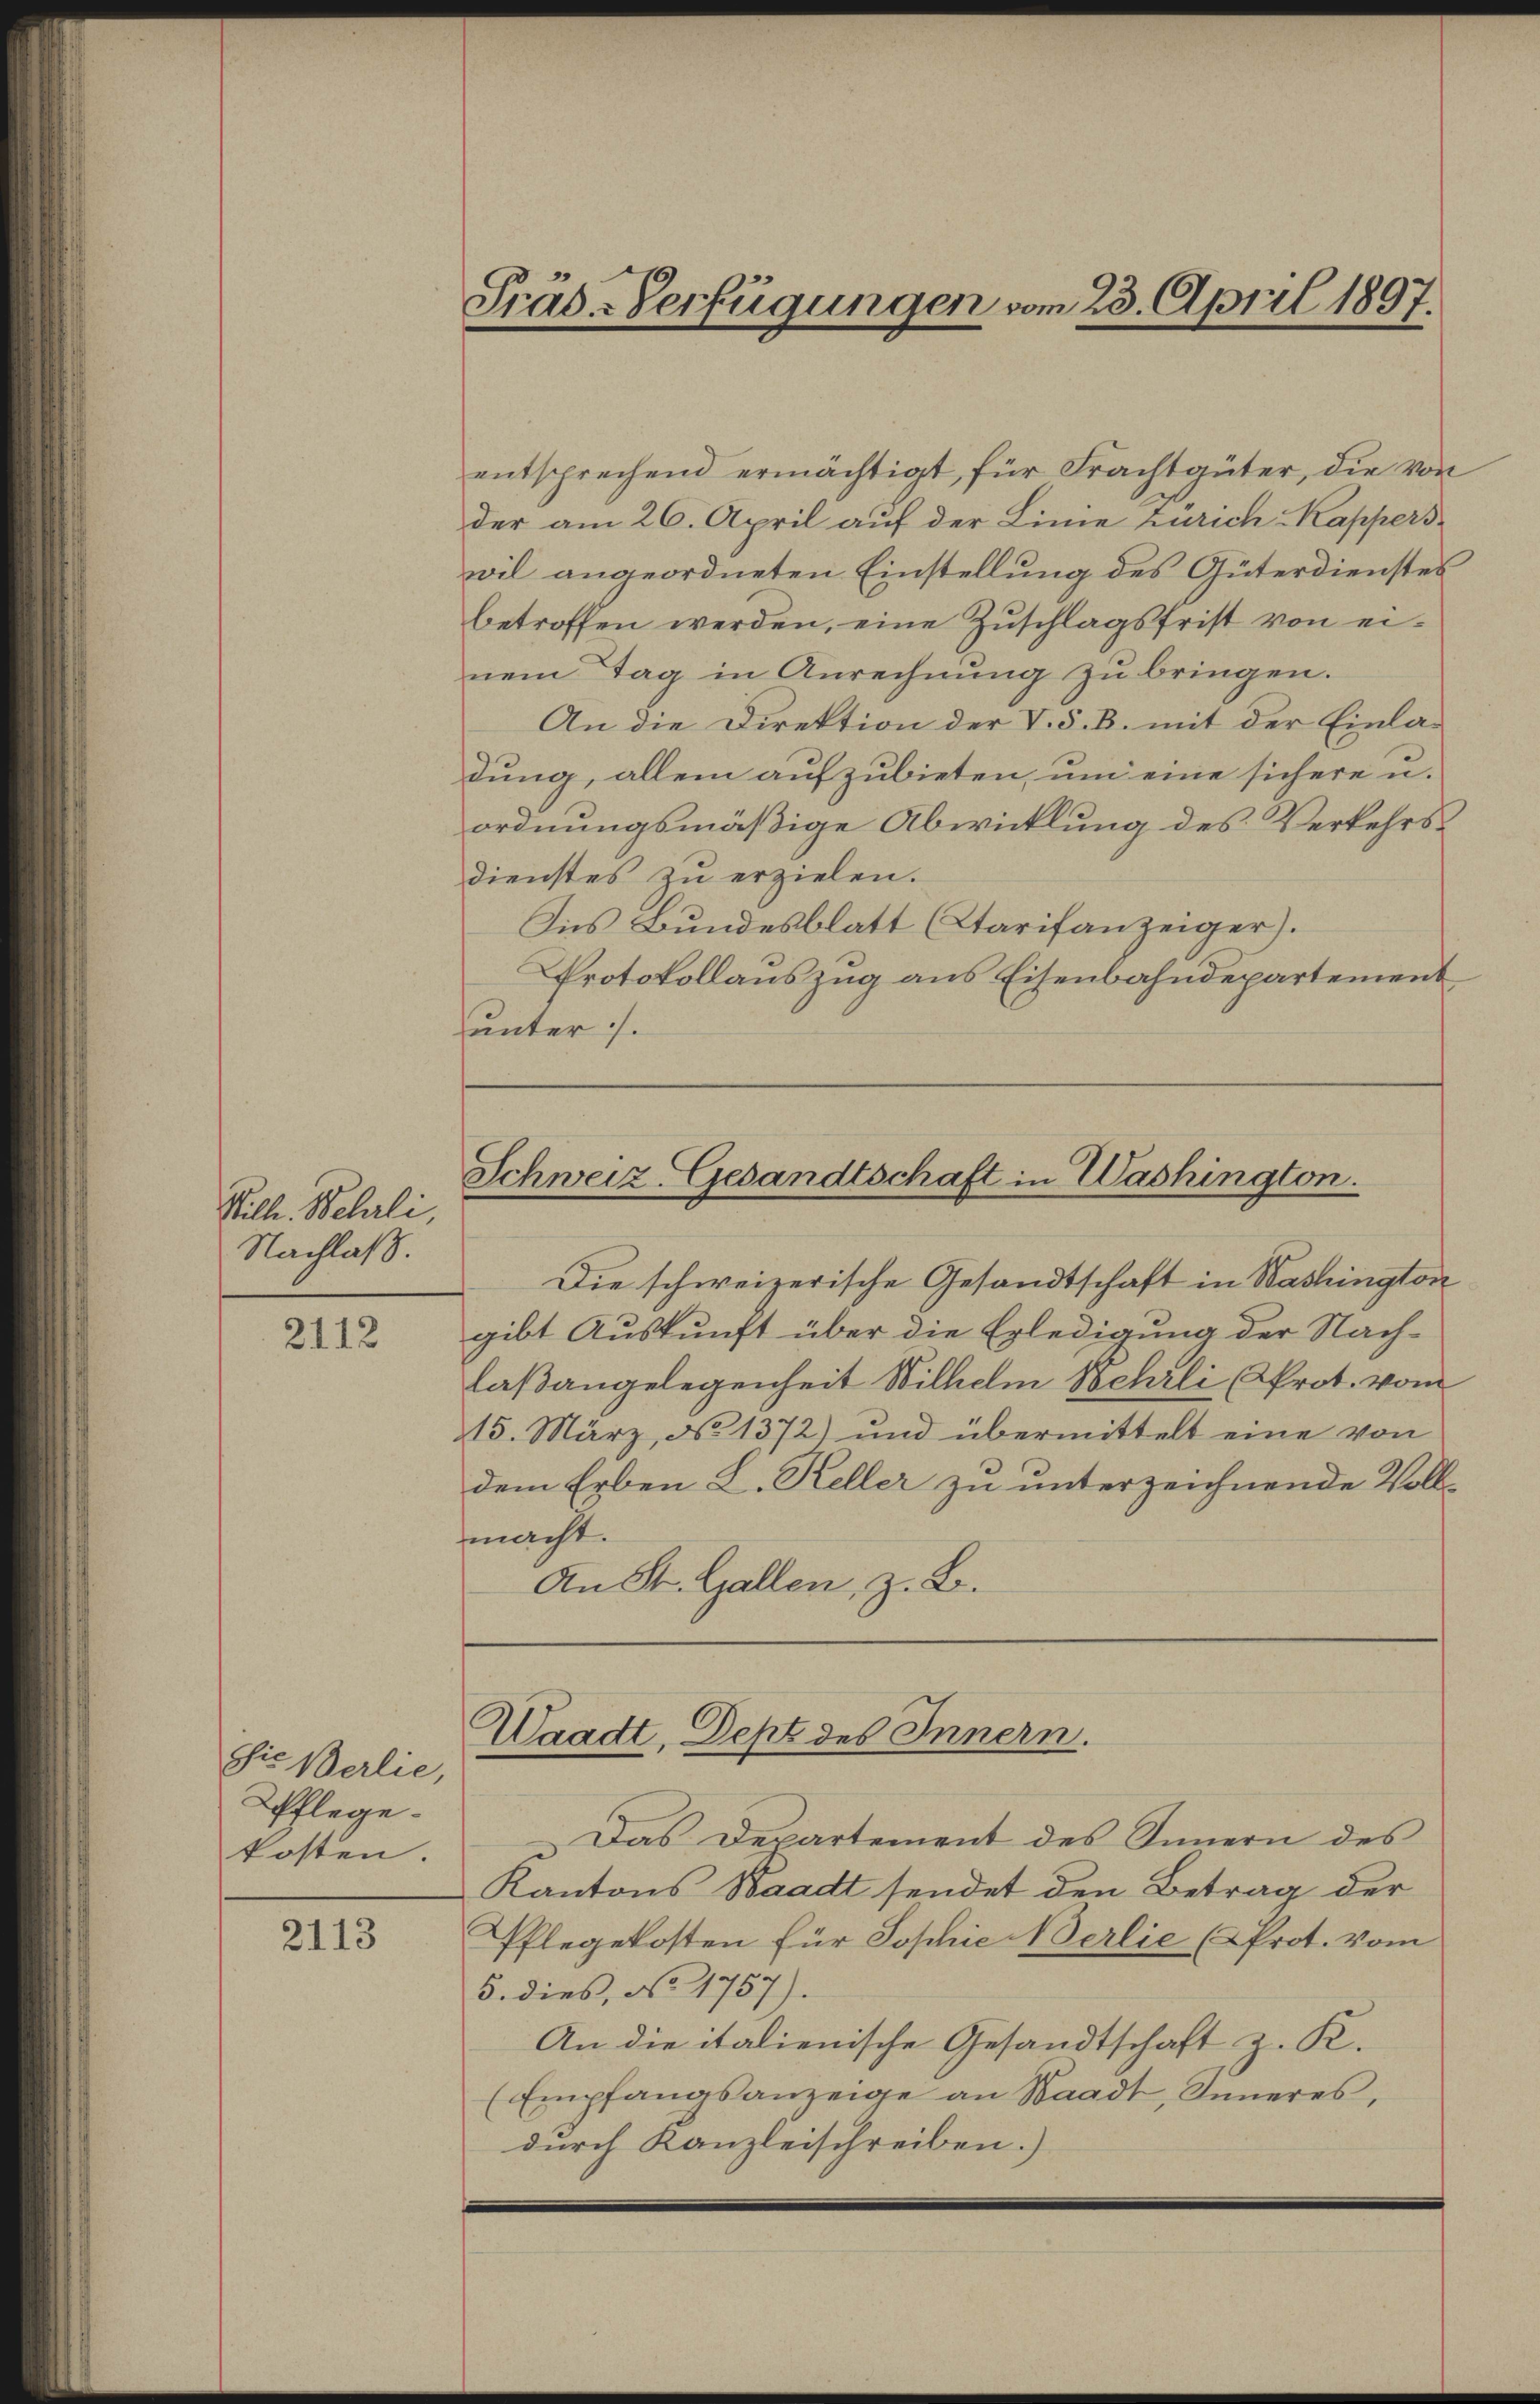
Wille. Wehrli,
Nachlaß.

2112

Die Berlie,
Pflege.
kosten.

2113

entsprechend ermächtigt, für Frachtgüter, die von
der am 26. April auf der Linie Zürich Kappers
wil angeordneten Einstellung des Güterdienstes
betroffen werden, eine Zuschlagsfrist von einem Tag in Anrechnung zu bringen.
An die Direktion der V. d. B. mit der Einladung, allein aufzubieten, um eine sichere u.
ordnungsmäßige Abwicklung des Verkehrsdienstes zu erzielen.
Ines Bundesblatt (Starifanzeiger).
Protokollauszug aus Eisenbahndepartement
unter /.

Präs-Verfügungen vom 23. April 1897.

Schweiz. Gesandtschaft in Washington.

Die schweizerische Gesandtschaft in Washington
gibt Auskunft über die Erledigung der Nachlaßangelegenheit Wilhelm Wehrli (AProt. vom
15. März, No 1372) und übermittelt eine von
dem Erben L. Keller zu unterzeichnende Vollmacht.
An St. Gallen, z. B.
Waadt, Dept des Innern.
Das Departement des Innern des
Kantons Waadt sendet den Betrag der
Pflegekosten für Sophie Berlie (Prot. Vom
5. dies, No. 1757).
An die italienische Gesandtschaft z. K.
(Empfangsanzeige an Waadt, Inneres,
durch Kanzleischreiben.)